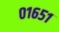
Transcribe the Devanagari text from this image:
०१६५१